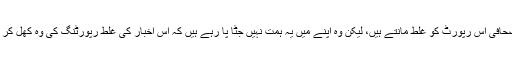
تقریباً سبھی صحافی اس رپورٹ کو غلط مانتے ہیں، لیکن وہ اپنے میں یہ ہمت نہیں جٹا پا رہے ہیں کہ اس اخبار کی غلط رپورٹنگ کی وہ کھل کر مخالفت کریں۔